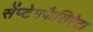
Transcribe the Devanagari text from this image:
सेंप्टेमफैसिऐटा